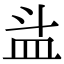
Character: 𥁇